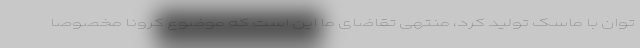
توان با ماسک تولید کرد، منتهی تقاضای ما این است که موضوع کرونا مخصوصاً